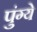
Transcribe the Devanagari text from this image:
पुंग्ये